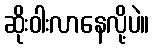
ဆိုးဝါးလာနေလို့ပဲ။